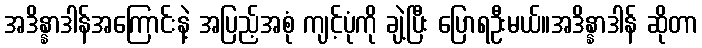
အဒိန္နာဒါန်အကြောင်းနဲ့ အပြည့်အစုံ ကျင့်ပုံကို ချဲ့ပြီး ပြောရဦးမယ်။အဒိန္နာဒါန် ဆိုတာ